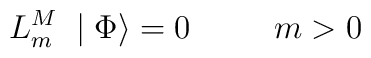
L_m^M\; \mid \Phi \rangle=0\;\;\;\;\;\;\;\;\;m>0